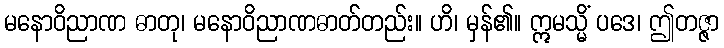
မနောဝိညာဏ ဓာတု၊ မနောဝိညာဏဓာတ်တည်း။ ဟိ၊ မှန်၏။ ဣမသ္မိံ ပဒေ၊ ဤတဇ္ဇာ